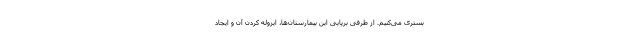
بستری می‌کنیم. از طرفی برپایی این بیمارستان‌ها، ایزوله کردن آن و ایجاد